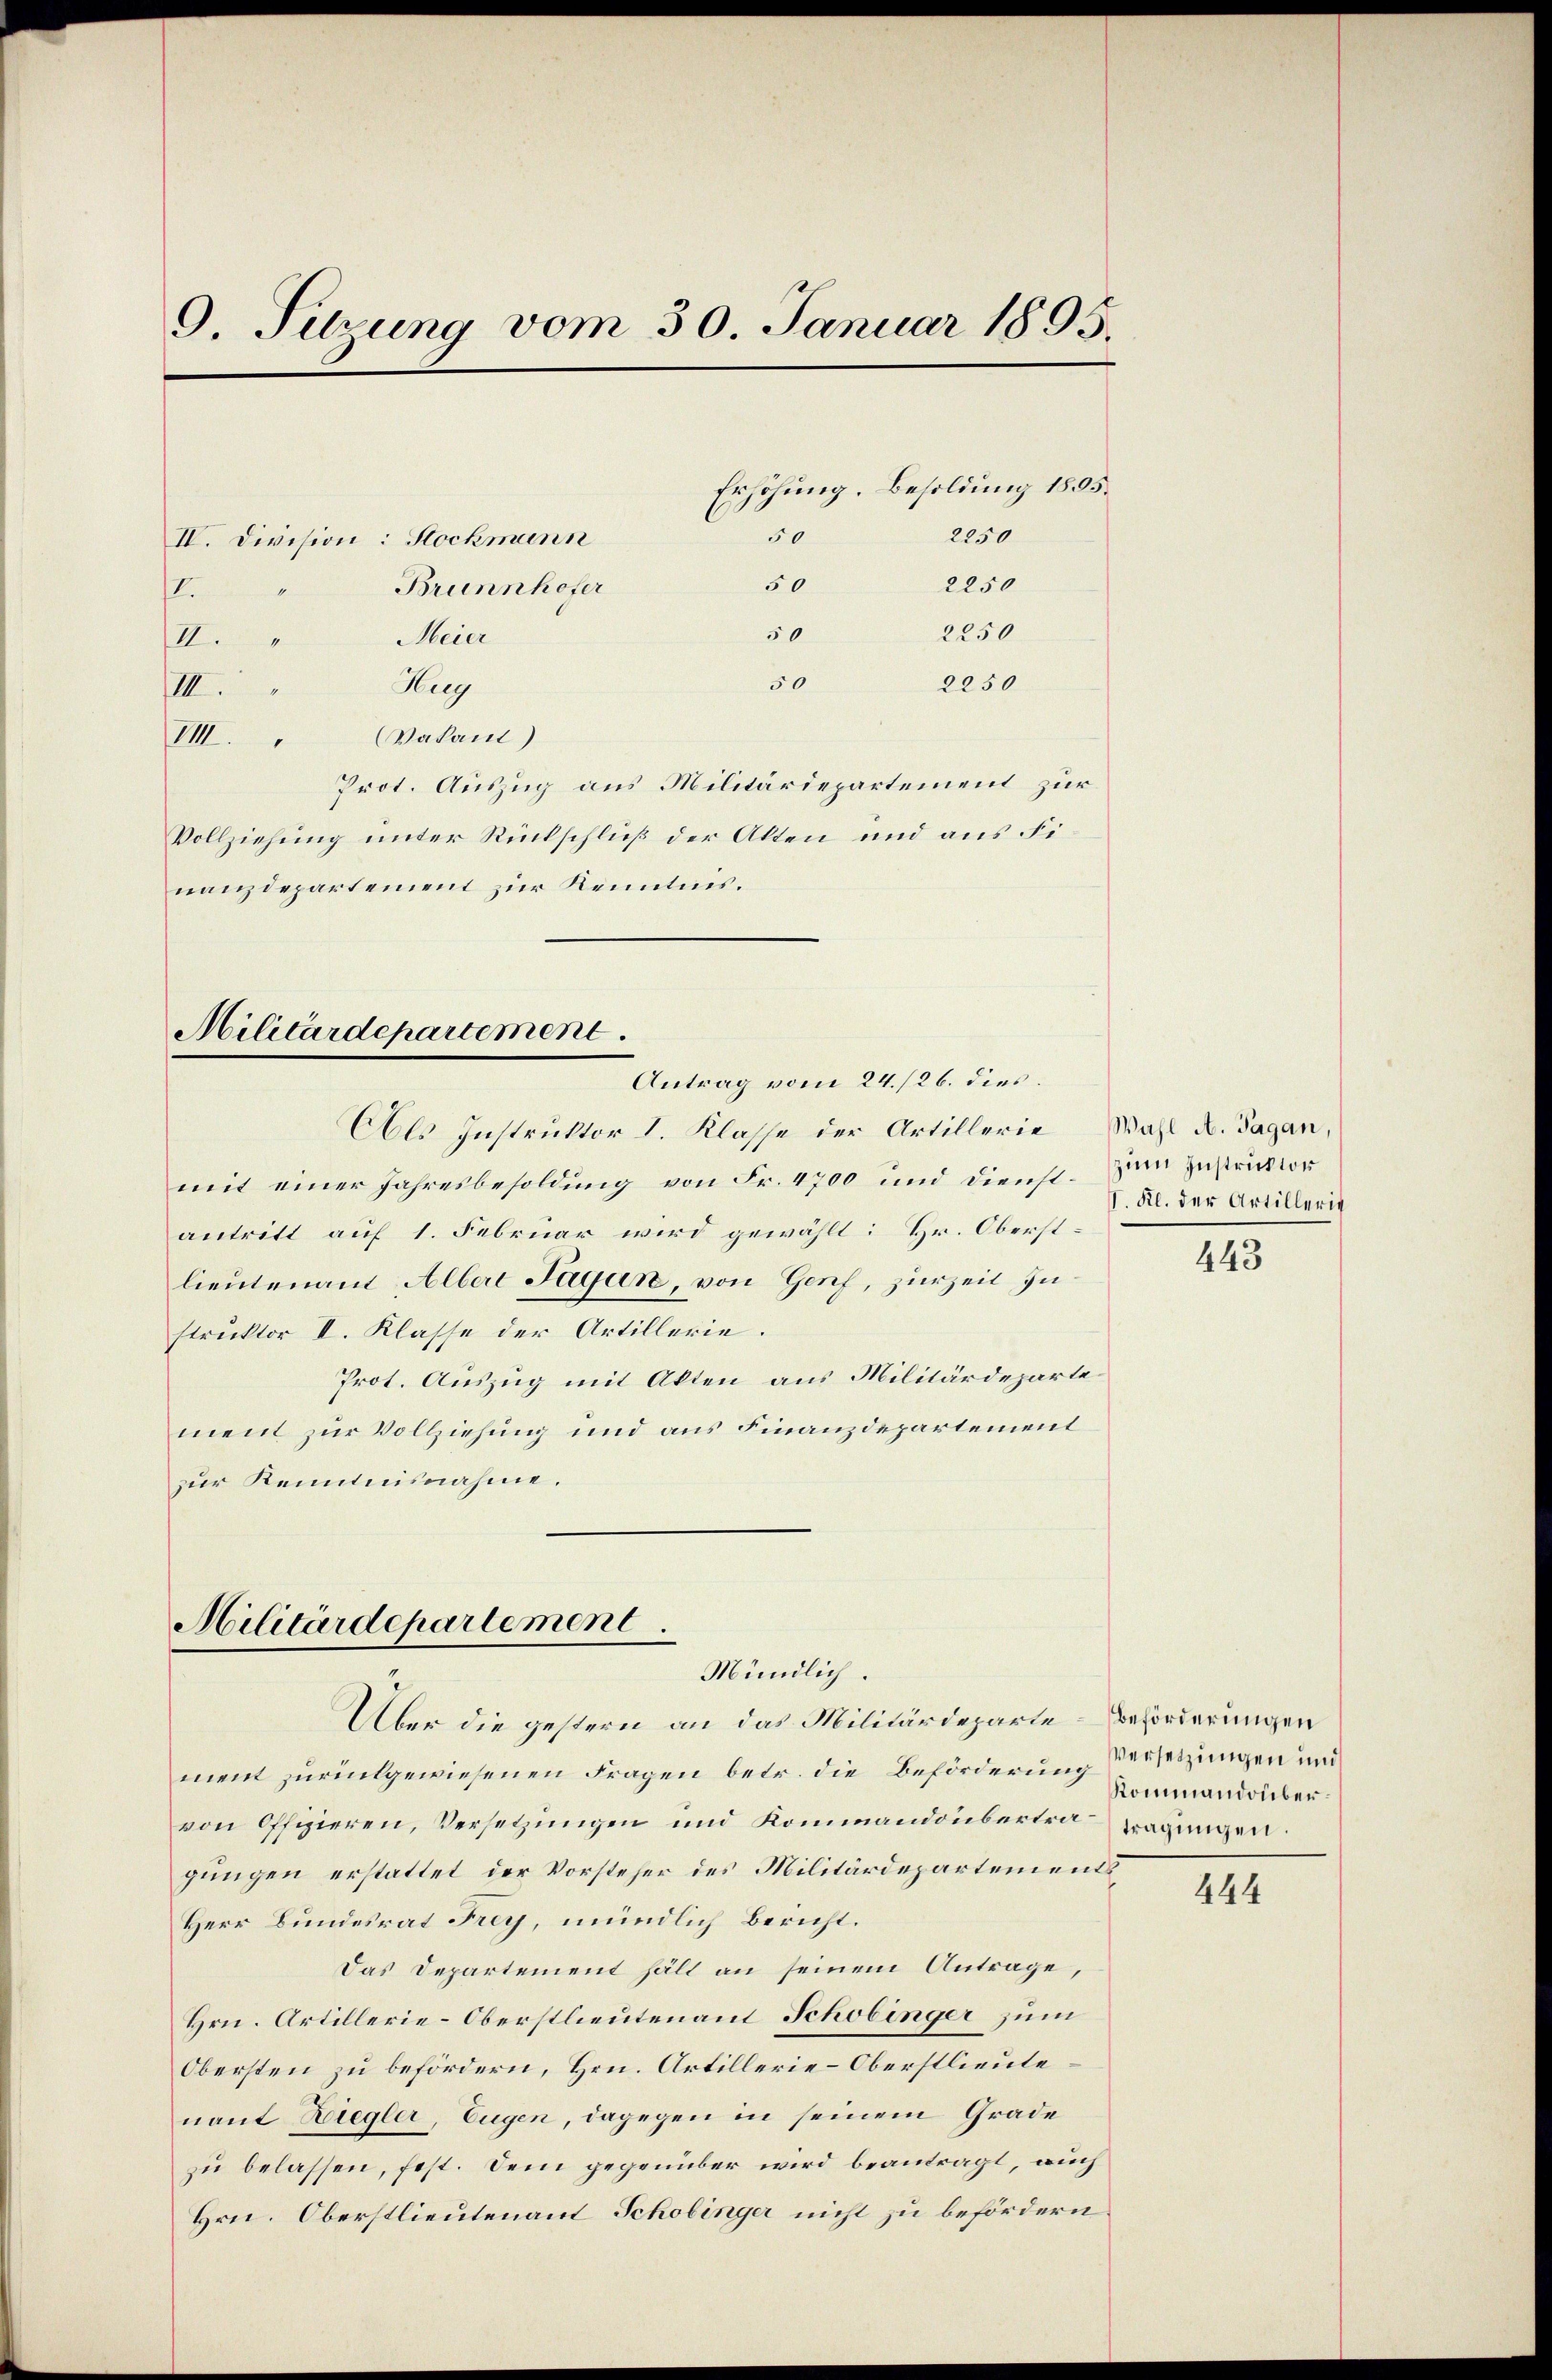
9. Sitzung vom 30. Januar 1895.
Erhöhung. Besoldung 1805.
50
2250
IV. Division: Stockmann
2250
50
Brunnhofer
.

50
50
2250
III.
VIII. Vakant)
Prot. Auszug aus Militärdepartement zur
Vollziehung unter Rückschluß der Akten und aus Finanzdepartement zur Kenntnis.

Meier
II.
4
Zug

Militärdepartement
Antrag vom 24./26. dies

2250

Als Instruktor I. Klasse der Artillerie
mit einer Jahresbesoldung von Fr. 4700 und dienst. Zum Instruction
antritt auf 1. Februar wird gewählt: Hr. Oberstlieutenamt Albert Jagan, von Genf, zurzeit zustruktor II. Klasse der Artillerie.
Prot. Auszug mit Akten aus Militärdeparte
ment zur Vollziehung und aus Finanzdepartement
zur Kenntnisnahme.

Militärdepartement
Mündlich.

Über die gestern an das Militärdeparte Beförderungen
ment zurückgewiesenen Fragen betr. die Beförderung Versetzungen und
von Offizieren, Versetzungen und Kommandobertraragungen.
gungen erstattet der Vorsteher des Militärdepartements
Herr Bundesrat Frey, mündlich Bericht.
Das Departement halt an seinem Antrage,
Hrn. Artillerie-Oberstlieutenant Schobinger zum
Obersten zu befördern, Hrn. Artillerie-Oberstlieute
nant Ziegler, Eugen, dagegen in seinem Grade
zu belassen, fest. Dein gegenüber wird beantragt, auch
Hrn. Oberstlieutenant Schobinger nicht zu befördern

Wahl A. Tagan,
Kl. der Artillerit

443

Kommandoüber¬

444